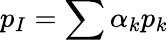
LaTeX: p_{I}=\sum{\alpha_{k}p_{k}}